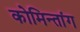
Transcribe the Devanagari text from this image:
कोमिन्तांग